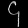
Digit: ၄